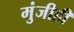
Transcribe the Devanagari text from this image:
मुंजीही